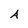
Character: A